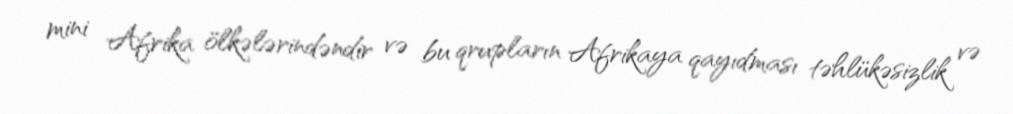
mini Afrika ölkələrindəndir və bu qrupların Afrikaya qayıdması təhlükəsizlik və